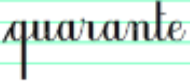
quarante